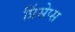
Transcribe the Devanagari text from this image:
प्रिंसेप्स